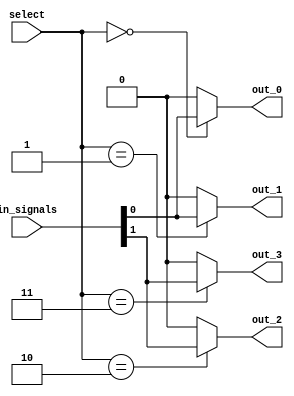
module demux_2to4 (
    input [1:0] in_signals,
    input [1:0] select,
    output out_0,
    output out_1,
    output out_2,
    output out_3
);

assign out_0 = (select == 2'b00) ? in_signals[0] : 1'b0;
assign out_1 = (select == 2'b01) ? in_signals[0] : 1'b0;
assign out_2 = (select == 2'b10) ? in_signals[1] : 1'b0;
assign out_3 = (select == 2'b11) ? in_signals[1] : 1'b0;

endmodule